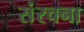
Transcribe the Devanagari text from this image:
संंरचना